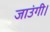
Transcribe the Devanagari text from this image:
जाउंगी।